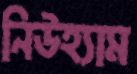
নিউহ্যাম